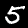
Label: 5